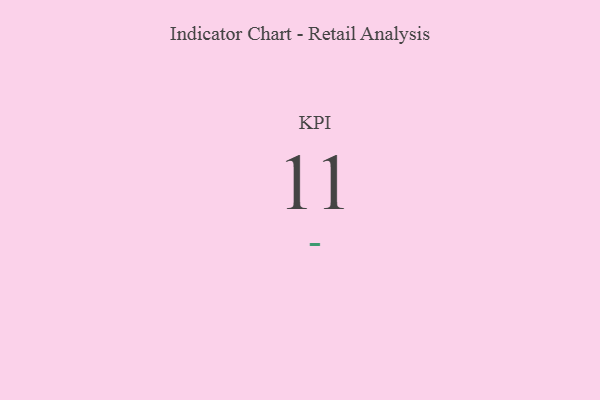
{"axis": {"x": "KPI", "y": "Value"}, "legend": [""], "data": [{"x": "KPI", "y": 11, "type": ""}]}